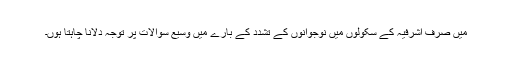
میں صرف اشرفیہ کے سکولوں میں نوجوانوں کے تشدد کے بارے میں وسیع سوالات پر توجہ دلانا چاہتا ہوں۔